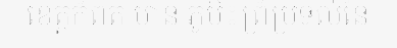
ខេត្តកំពត មាន ភូមិ៖ព្រំប្រទល់នៃ